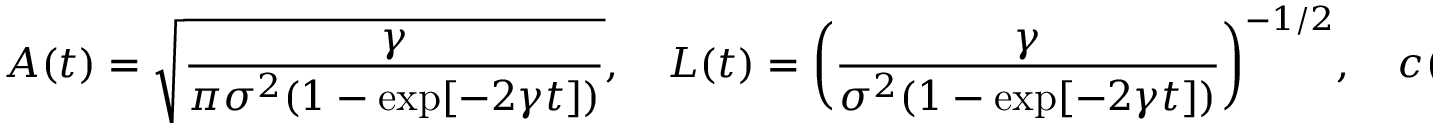
A ( t ) = \sqrt { \frac { \gamma } { \pi \sigma ^ { 2 } ( 1 - \exp [ - 2 \gamma t ] ) } } , \quad L ( t ) = \bigg ( \frac { \gamma } { \sigma ^ { 2 } ( 1 - \exp [ - 2 \gamma t ] ) } \bigg ) ^ { - 1 / 2 } , \quad c ( t ) = 0 .